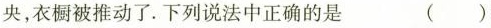
央，衣橱被推动了。下列说法中正确的是 ()